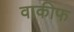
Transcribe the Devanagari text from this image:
वाकीफ